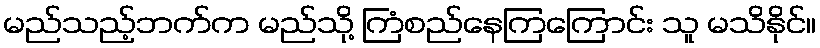
မည်သည့်ဘက်က မည်သို့ ကြံစည်နေကြကြောင်း သူ မသိနိုင်။